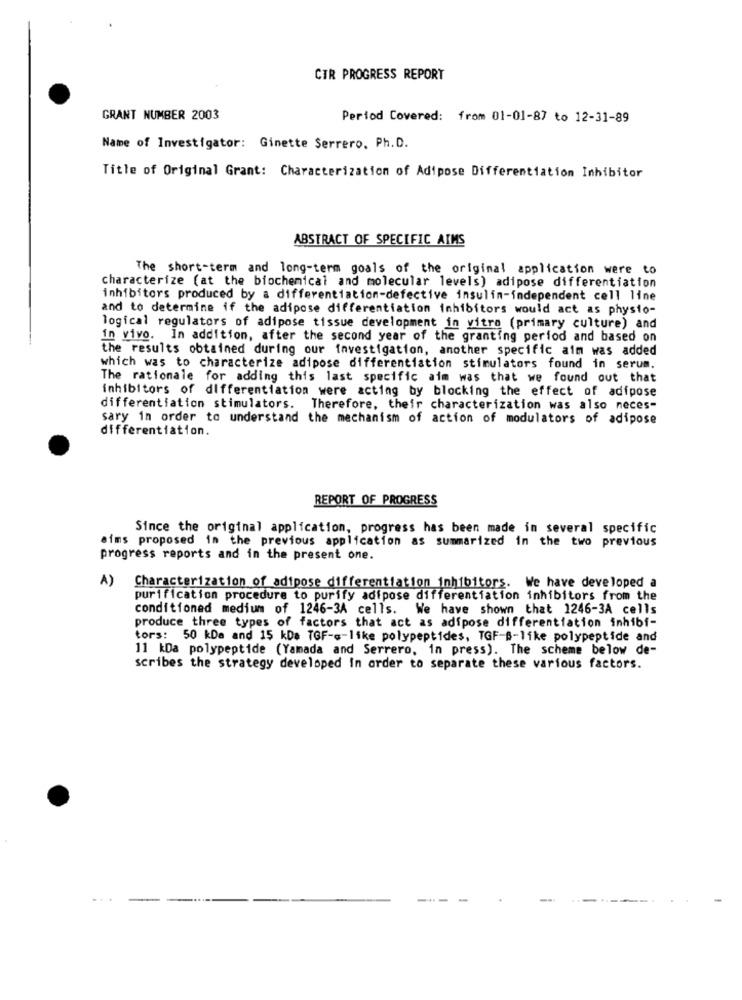
CTR PROGRESS REPORT
GRANT NUMBER 2003
Period Covered: from 01-01-87 to 12-31-89
Name of Investigator: Ginette Serrero, Ph.D.
Title of Original Grant: Characterization of Adipose Differentiation Inhibitor
ABSTRACT OF SPECIFIC AIMS
The short-term and long-term goals of the original application were to
characterize (at the biochemical and molecular levels) adipose differentiation
inhibitors produced by a differentiation-defective insulin-independent cell line
and to determine if the adipose differentiation inhibitors would act as physio-
logical regulators of adipose tissue development in vitro (primary culture) and
In vivo. In addition, after the second year of the granting period and based on
the results obtained during our investigation, another specific aim was added
which was to characterize adipose differentiation stimulators found in serum.
The rationale for adding this last specific aim was that we found out that
inhibitors of differentiation were acting by blocking the effect of adipose
differentiation stimulators. Therefore, their characterization was also neces-
sary in order to understand the mechanism of action of modulators of adipose
differentiation.
REPORT OF PROGRESS
Since the original application, progress has been made in several specific
aims proposed in the previous application as summarized in the two previous
progress reports and in the present one.
A)
Characterization of adipose differentiation inhibitors. We have developed a
purification procedure to purify adipose differentiation inhibitors from the
conditioned medium of 1246-3A cells. We have shown that 1246-3A cells
produce three types of factors that act as adipose differentiation inhibf-
tors: 50 kDa and 15 kDa TGF-G-like polypeptides, TGF-B-like polypeptide and
11 kDa polypeptide (Yamada and Serrero, in press). The scheme below de-
scribes the strategy developed In order to separate these various factors.